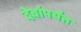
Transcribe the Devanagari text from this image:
देवांपर्यंत